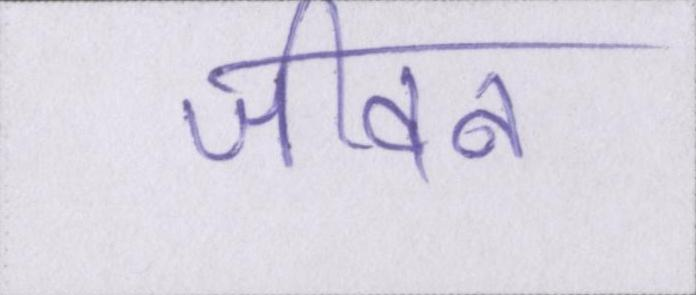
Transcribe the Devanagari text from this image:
जीवन